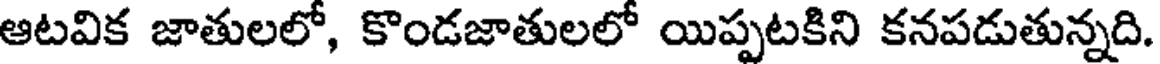
ఆటవిక జాతులలో, కొండజాతులలో యిప్పటకిని కనపడుతున్నది.